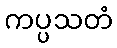
ကပ္ပသတံ